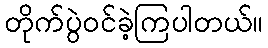
တိုက်ပွဲဝင်ခဲ့ကြပါတယ်။